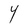
Character: Y